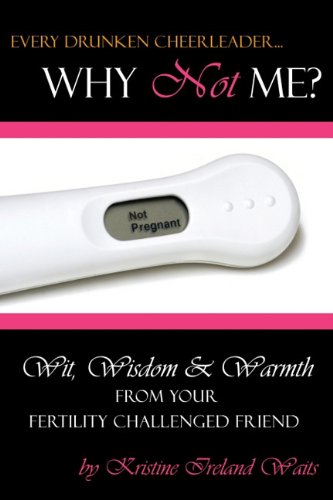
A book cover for Every Drunken Cheerleader: Why  Not Me?; Kristine Ireland Waits; Parenting & Relationships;